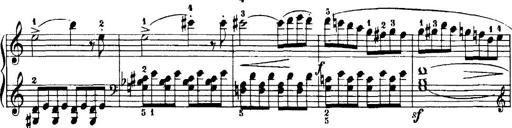
Title: 7 Sonatinas
Composer: Anton Diabelli